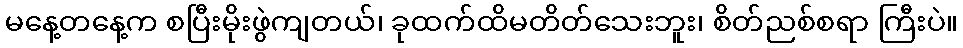
မနေ့တနေ့က စပြီးမိုးဖွဲကျတယ်၊ ခုထက်ထိမတိတ်သေးဘူး၊ စိတ်ညစ်စရာ ကြီးပဲ။